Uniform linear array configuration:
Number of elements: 4
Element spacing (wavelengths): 0.5
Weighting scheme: hamming
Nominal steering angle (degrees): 15
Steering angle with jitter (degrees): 15.869
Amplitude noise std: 0.05
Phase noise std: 0.05

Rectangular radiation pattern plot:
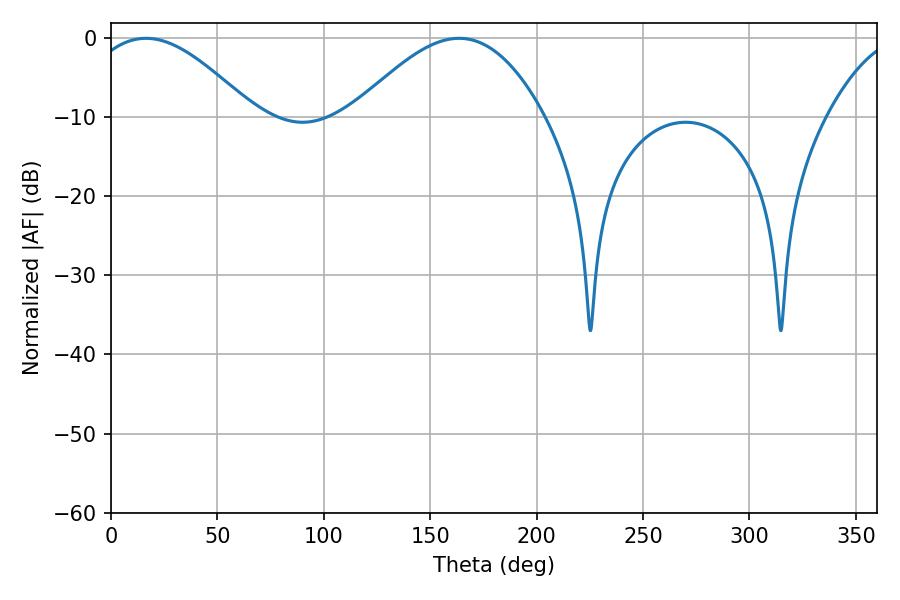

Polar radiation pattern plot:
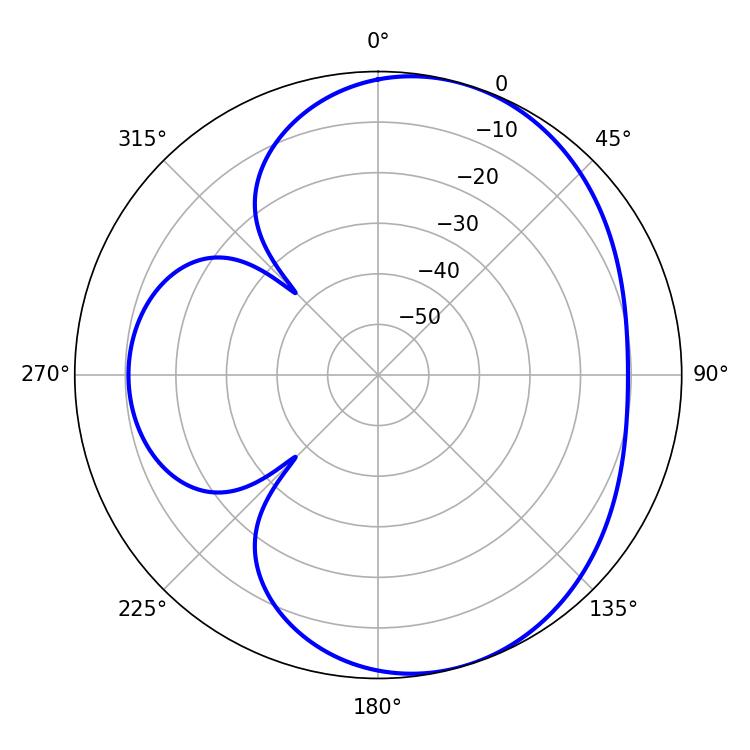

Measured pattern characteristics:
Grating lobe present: FALSE
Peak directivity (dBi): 5.418
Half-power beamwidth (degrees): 42.48
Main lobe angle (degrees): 16.38